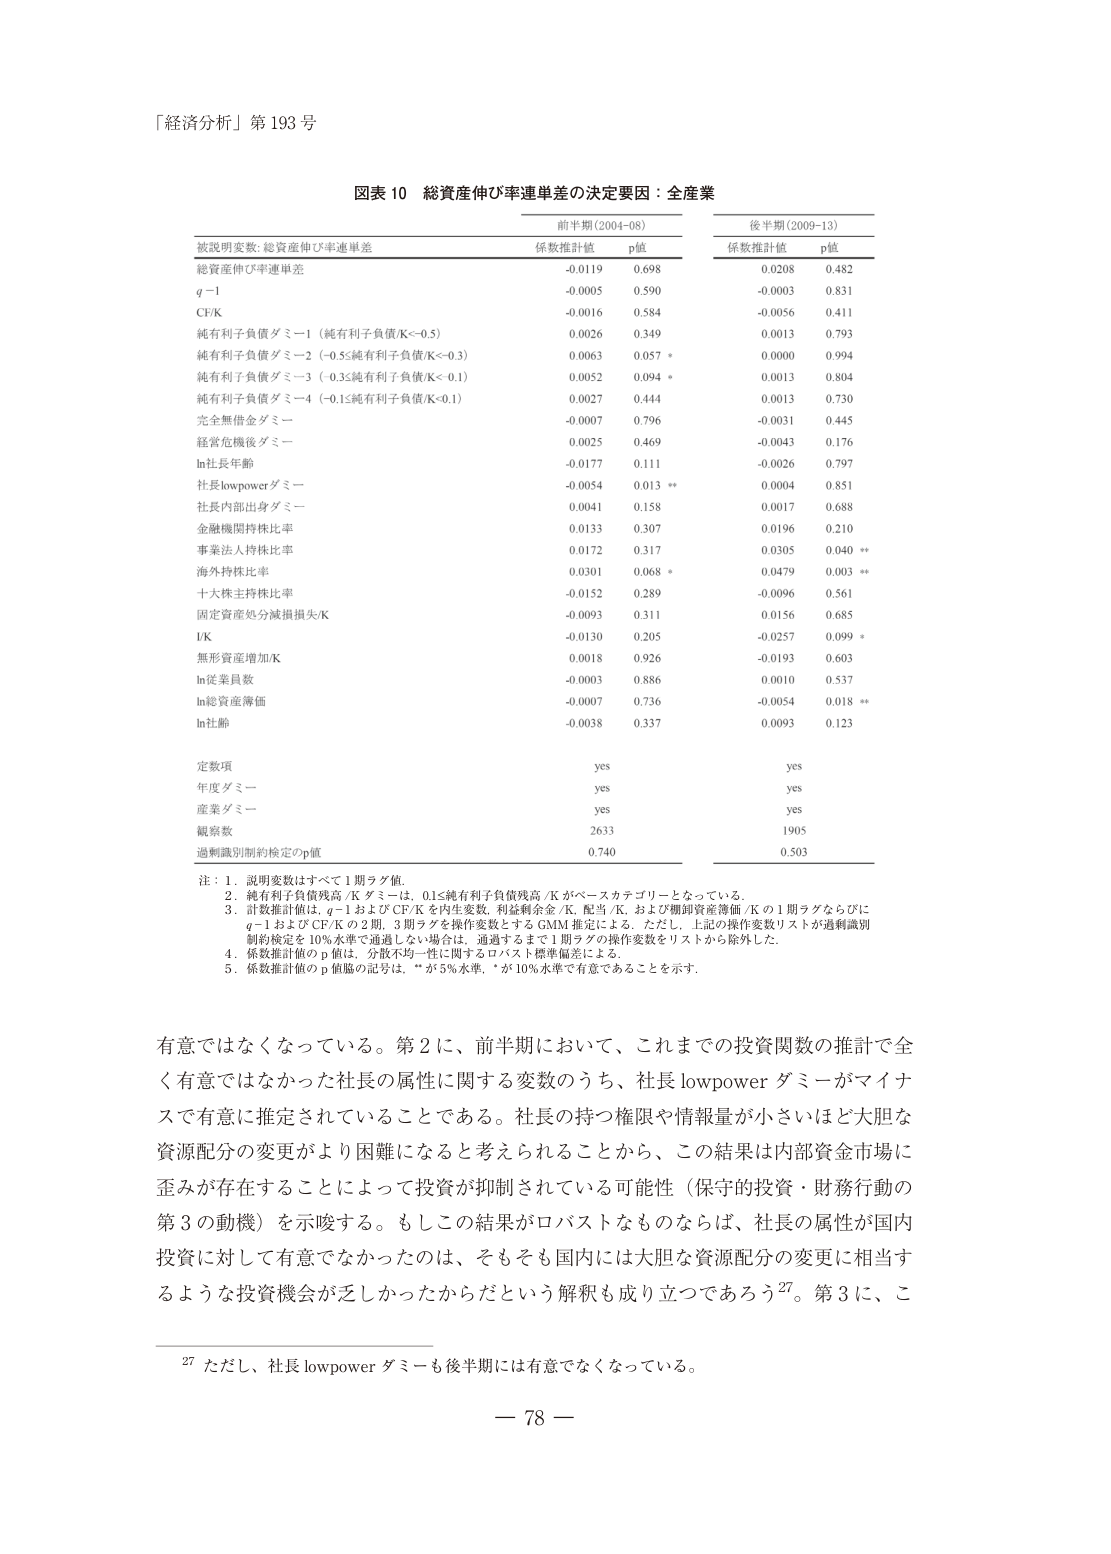
「経済分析」第 193 号

図表 10 総資産伸び率連単差の決定要因：全産業

前半期 (2004-08)　　　　　　　　　　　後半期 (2009-13)
被説明変数: 総資産伸び率連単差　　　　　係数推計値　　　p値　　　　　　　係数推計値　　　p値
総資産伸び率連単差　　　　　　　　　　-0.0119　　　0.698　　　　　　　0.0208　　　0.482
q－1　　　　　　　　　　　　　　　　　-0.0005　　　0.590　　　　　　　-0.0003　　　0.831
CF/K　　　　　　　　　　　　　　　　　-0.0016　　　0.584　　　　　　　-0.0056　　　0.411
純有利子負債ダミー1（純有利子負債/K<－0.5）　　　0.0026　　　0.349　　　　　　　0.0013　　　0.793
純有利子負債ダミー2（－0.5≦純有利子負債/K<－0.3）　0.0063　　　0.057 *　　　　　　0.0000　　　0.994
純有利子負債ダミー3（－0.3≦純有利子負債/K<－0.1）　0.0052　　　0.094 *　　　　　　0.0013　　　0.804
純有利子負債ダミー4（－0.1≦純有利子負債/K<0.1）　　0.0027　　　0.444　　　　　　　0.0013　　　0.730
完全無借金ダミー　　　　　　　　　　　-0.0007　　　0.796　　　　　　　-0.0031　　　0.445
経営危機後ダミー　　　　　　　　　　　0.0025　　　0.469　　　　　　　-0.0043　　　0.176
ln社長年齢　　　　　　　　　　　　　　-0.0177　　　0.111　　　　　　　-0.0026　　　0.797
社長lowpowerダミー　　　　　　　　　　-0.0054　　　0.013 **　　　　　　0.0004　　　0.851
社長内部出身ダミー　　　　　　　　　　0.0041　　　0.158　　　　　　　0.0017　　　0.688
金融機関持株比率　　　　　　　　　　　0.0133　　　0.307　　　　　　　0.0196　　　0.210
事業法人持株比率　　　　　　　　　　　0.0172　　　0.317　　　　　　　0.0305　　　0.040 **
海外持株比率　　　　　　　　　　　　　0.0301　　　0.068 *　　　　　　　0.0479　　　0.003 **
十大株主持株比率　　　　　　　　　　　-0.0152　　　0.289　　　　　　　-0.0096　　　0.561
固定資産処分減損損失/K　　　　　　　　-0.0093　　　0.311　　　　　　　0.0156　　　0.685
I/K　　　　　　　　　　　　　　　　　-0.0130　　　0.205　　　　　　　-0.0257　　　0.099 *
無形資産増加/K　　　　　　　　　　　　0.0018　　　0.926　　　　　　　-0.0193　　　0.603
ln従業員数　　　　　　　　　　　　　　-0.0003　　　0.886　　　　　　　0.0010　　　0.537
ln総資産簿価　　　　　　　　　　　　　-0.0007　　　0.736　　　　　　　-0.0054　　　0.018 **
ln社齢　　　　　　　　　　　　　　　　-0.0038　　　0.337　　　　　　　0.0093　　　0.123

定数項　　　　　　　　　　　　　　　　yes　　　　　　　　　　　　　　yes
年度ダミー　　　　　　　　　　　　　　yes　　　　　　　　　　　　　　yes
産業ダミー　　　　　　　　　　　　　　yes　　　　　　　　　　　　　　yes
観察数　　　　　　　　　　　　　　　　2633　　　　　　　　　　　　　1905
過剰識別制約検定のp値　　　　　　　　0.740　　　　　　　　　　　　　0.503

注：1．説明変数はすべて1期ラグ値。
　　2．純有利子負債残高/K ダミー、0.1≦純有利子負債残高/K がベースカテゴリとなっている。
　　3．係数推計値は、q－1およびCF/Kを内生変数、利益剰余金/K、配当/K、および棚卸資産簿価/Kの1期ラグならびに
　　　q－1およびCF/Kの2期、3期ラグを操作変数とするGMM推定による。ただし、上記の操作変数リストが過剰識別
　　　制約検定を10％水準で通過しない場合は、通過するまで1期ラグの操作変数をリストから除外した。
　　4．係数推計値のp値は、分散不均一性に関するロバスト標準偏差による。
　　5．係数推計値のp値脇の記号は、*が5％水準、**が10％水準で有意であることを示す。

有意ではなくなっている。第2に、前半期において、これまでの投資関数の推計で全く有意ではなかった社長の属性に関する変数のうち、社長 lowpower ダミーがマイナスで有意に推定されていることである。社長の持つ権限や情報量が小さいほど大胆な資源配分の変更がより困難になると考えられることから、この結果は内部資金市場に歪みが存在することによって投資が抑制されている可能性（保守的投資・財務行動の第3の動機）を示唆する。もしこの結果がロバストなものならば、社長の属性が国内投資に対して有意でなかったのは、そもそも国内には大胆な資源配分の変更に相当するような投資機会が乏しかったからだという解釈も成り立つであろう27。第3に、こ

27 ただし、社長 lowpower ダミーも後半期には有意でなくなっている。

— 78 —